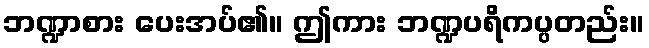
ဘဏ္ဍာစား ပေးအပ်၏။ ဤကား ဘဏ္ဍပရိကပ္ပတည်း။